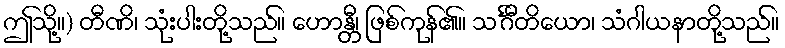
ဤသို့။) တီဏိ၊ သုံးပါးတို့သည်။ ဟောန္တီ၊ ဖြစ်ကုန်၏။ သင်္ဂီတိယော၊ သံဂါယနာတို့သည်။